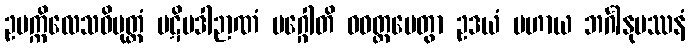
ဥပက္ကိလေသဝိမုတ္တံ ပဋိပဒါဉာဏံ မဂ္ဂေါတိ ဝဝတ္ထပေတွာ ဥဒယံ ပဟာယ ဘင်္ဂါနုပဿနံ